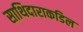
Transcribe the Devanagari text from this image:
साथिदाराकडिल